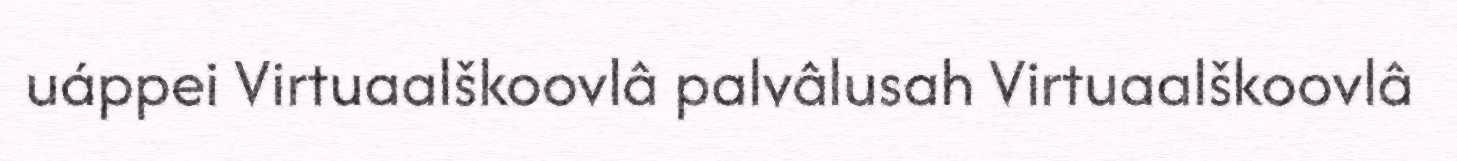
uáppei Virtuaalškoovlâ palvâlusah Virtuaalškoovlâ